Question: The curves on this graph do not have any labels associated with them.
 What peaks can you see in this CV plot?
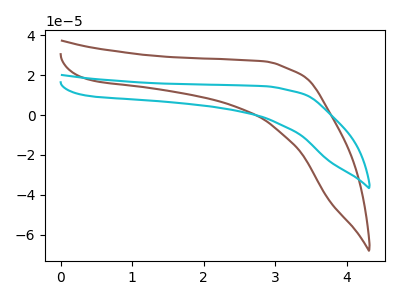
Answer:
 <answer>The brown curve "brown" has no peaks. The cyan curve "cyan" has no peaks.</answer>
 <eval></eval>